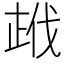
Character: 𭭣